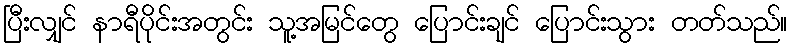
ပြီးလျှင် နာရီပိုင်းအတွင်း သူ့အမြင်တွေ ပြောင်းချင် ပြောင်းသွား တတ်သည်။